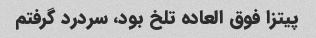
پیتزا فوق العاده تلخ بود، سردرد گرفتم